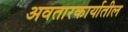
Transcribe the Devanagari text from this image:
अवतारकार्यातील